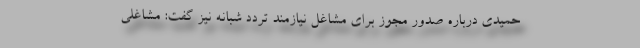
حمیدی درباره صدور مجوز برای مشاغل نیازمند تردد شبانه نیز گفت: مشاغلی